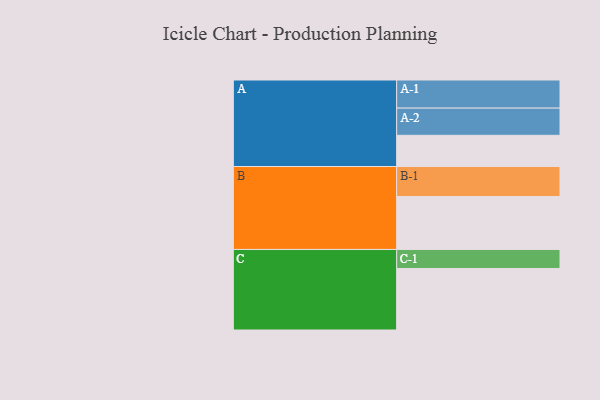
{"axis": {"x": "Segment", "y": "Value"}, "legend": ["", "A", "B", "C"], "data": [{"x": "A", "y": 302, "type": ""}, {"x": "B", "y": 512, "type": ""}, {"x": "C", "y": 595, "type": ""}, {"x": "A-1", "y": 272, "type": "A"}, {"x": "A-2", "y": 263, "type": "A"}, {"x": "B-1", "y": 290, "type": "B"}, {"x": "C-1", "y": 184, "type": "C"}]}